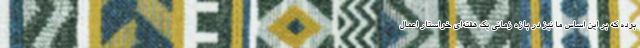
بوده که بر این اساس ما نیز در بازه زمانی یک هفته‌ای خواستار اعمال